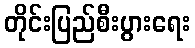
တိုင်းပြည်စီးပွားရေး